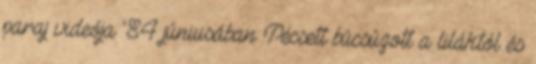
paraj videója '84 júniusában Pécsett búcsúzott a liláktól és